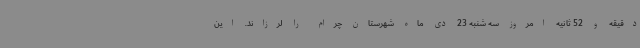
دقیقه و 52 ثانیه امروز سه شنبه 23 دی ماه شهرستان چرام را لرزاند. این